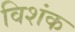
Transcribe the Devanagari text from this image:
विशंक